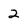
Character: 2